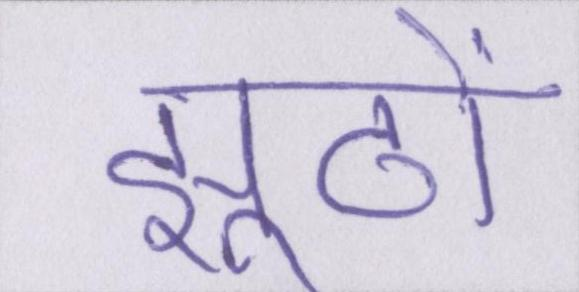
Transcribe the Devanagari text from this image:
झूठों